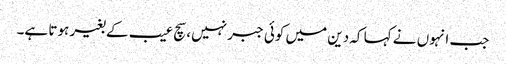
جب انہوں نے کہا کہ دین میں کوئی جبر نہیں، سچ عیب کے بغیر ہوتا ہے۔